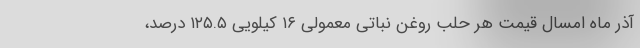
آذر ماه امسال قیمت هر حلب روغن نباتی معمولی ۱۶ کیلویی ۱۲۵.۵ درصد،